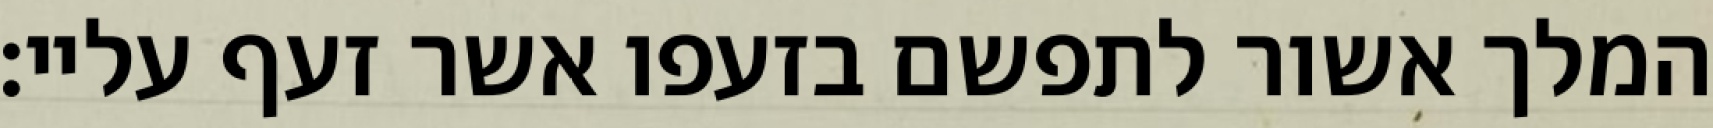
המלך אשור לתפשם בזעפו אשר זעף עליי: